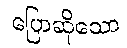
ပြောဆိုသော